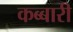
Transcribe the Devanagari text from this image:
कब्बारी